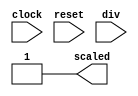
module prescaler (clock, reset, div, scaled);
parameter [31:0] SCALE = 28;

input clock;
input reset;
input [1:0] div;
output scaled;
wire scaled = 1'b1;

/*
reg [31:0] counter, next_counter;
reg scaled, next_scaled;

always @(posedge clock or posedge reset) 
begin
  if (reset)
    begin
      counter = 0;
      scaled = 1'b0;
    end
  else 
    begin
      counter = next_counter;
      scaled = next_scaled;
    end
end

always #1
begin
  next_scaled = 1'b0;
  case (div) 
    2'b00 : next_scaled = (counter == (SCALE-1));	// 115200 baud
    2'b01 : next_scaled = (counter == (2*SCALE-1));	// 57600 baud
    2'b10 : next_scaled = (counter == (3*SCALE-1));	// 38400 baud
    2'b11 : next_scaled = (counter == (6*SCALE-1));	// 19200 baud
  endcase

  next_counter = counter + 1'b1;
  if (next_scaled) next_counter = 0;
end
*/
endmodule